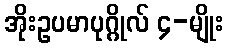
အိုးဥပမာပုဂ္ဂိုလ် ၄-မျိုး